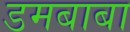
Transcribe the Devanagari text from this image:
डमबाबा